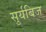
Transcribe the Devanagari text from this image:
सुर्यबिज